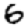
Digit: 6